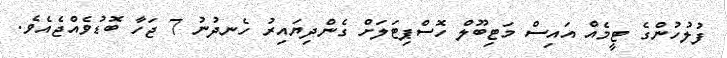
ފުލުހުންގެ ޓީމެއް އައިސް މަޓިބޫލް ހޮސްޕިޓަލަށް ގެންދިޔައިރު ހެނދުނު 7 ޖަހާ ބޮޑުވެއްޖެއެވެ.